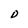
Character: D